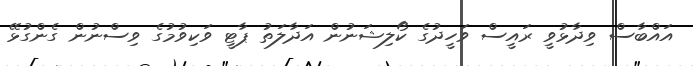
އައްބާސް ވިދާޅުވީ ރައީސް ވަހީދުގެ ކޯލިޝަނުން އަދާލަތު ޕާޓީ ވަކިވުމުގެ ވިސްނުން ގެންގުޅޭ